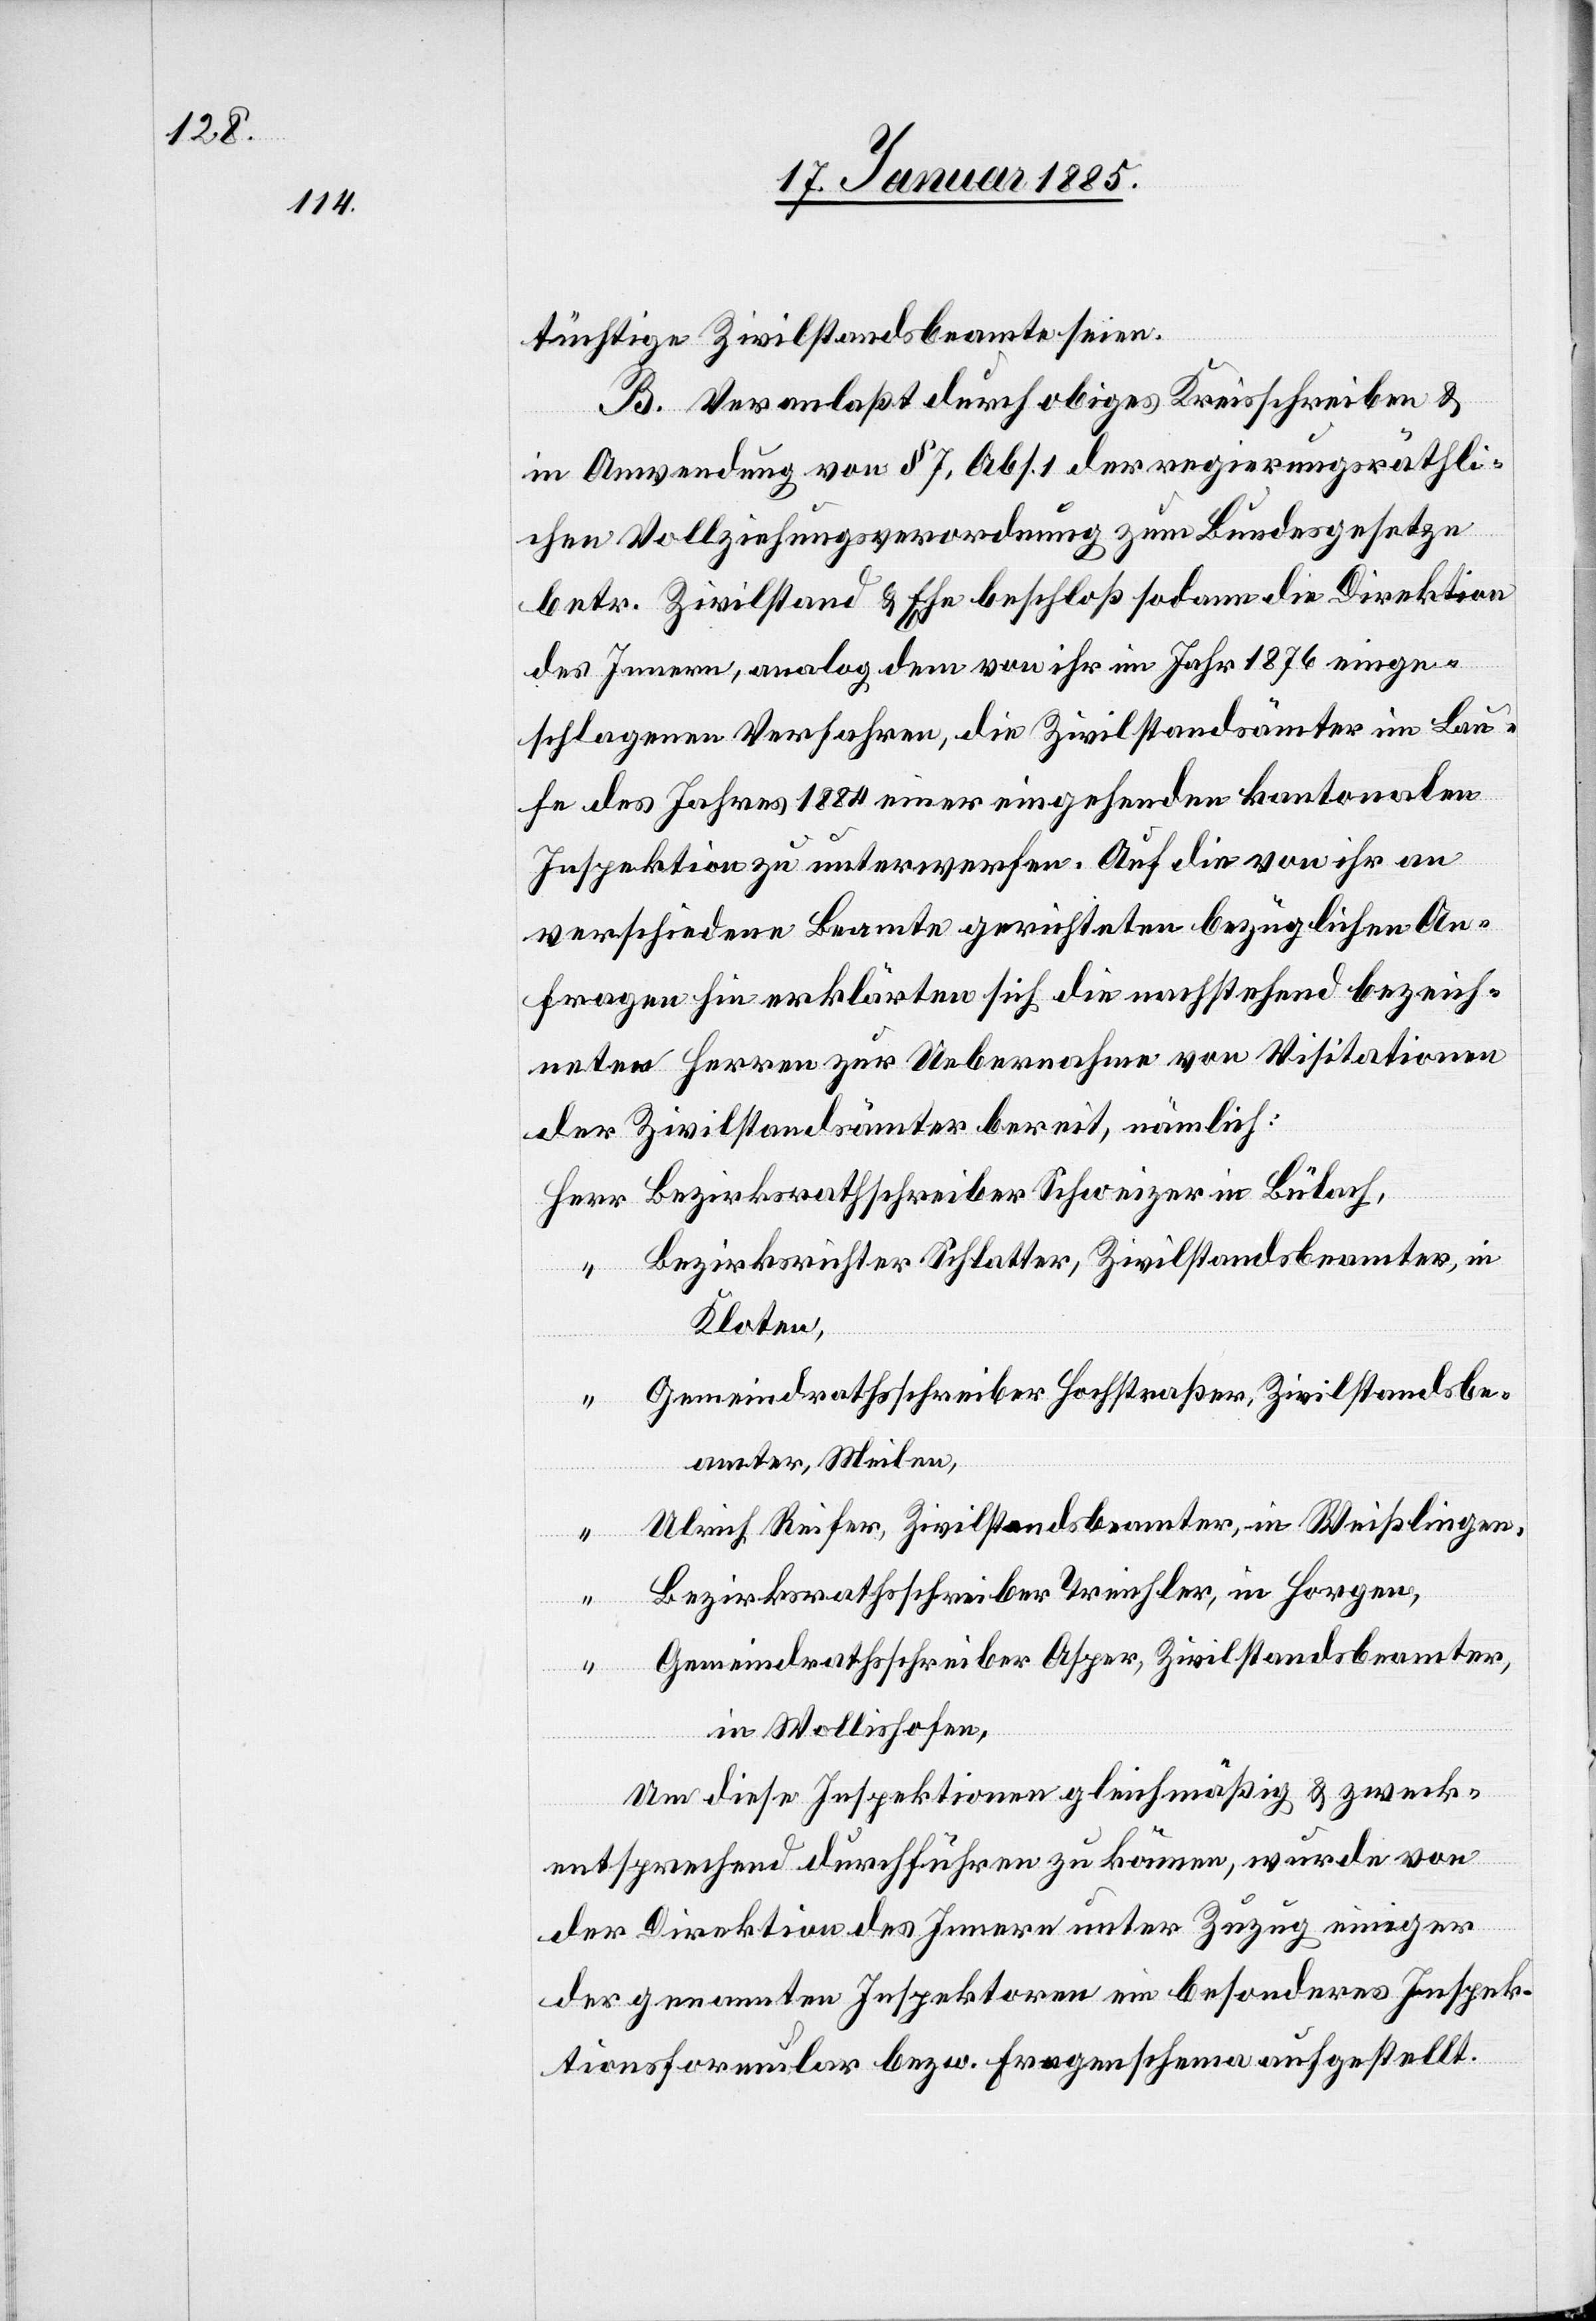
tüchtige Zivilstandsbeamte seien.
B. Veranlaßt durch obiges Kreisschreiben &
in Anwendung von § 7, Abs. 1 der regierungsräthli¬
chen Vollziehungsverordnung zum Bundesgesetze
betr. Zivilstand & Ehe beschloß sodann die Direktion
des Innern, analog dem von ihr im Jahr 1876 einge¬
schlagenen Verfahren, die Zivilstandsämter im Lau¬
fe des Jahres 1884 einer eingehenden kantonalen
Inspektion zu unterwerfen. Auf die von ihr an
verschiedene Beamte gerichteten bezüglichen An¬
fragen hin erklärten sich die nachstehend bezeich¬
neten Herren zur Uebernahme von Visitationen
der Zivilstandsämter bereit, nämlich:
Bezirksrichter Schlatter, Zivilstandsbeamter, in
Kloten,
Herr
Gemeindrathsschreiber Hochstraßer, Zivilstandsbe¬
amter, Meilen,
Ulrich Reifer, Zivilstandsbeamter, in Weißlingen,
“
Bezirksrathsschreiber Treichler, in Horgen,
“
Gemeindrathsschreiber Asper, Zivilstandsbeamter,
in Wollishofen,
Um diese Inspektionen gleichmäßig & zweck¬
entsprechend durchführen zu können, wurde von
der Direktion des Innern unter Bezug einiger
der genannten Inspektoren ein besonderes Inspek¬
tionsformular bezw. Fragenschema aufgestellt.